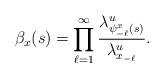
LaTeX: \begin{align*}\beta_{x}(s)=\prod_{\ell=1}^{\infty}\frac{\lambda^u_{\psi^x_{-\ell}(s)}}{\lambda^u_{x_{-\ell}}}.\end{align*}